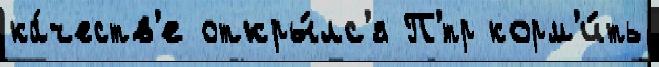
ка́честв'е откры́лс'я П'́тр корм'и́ть